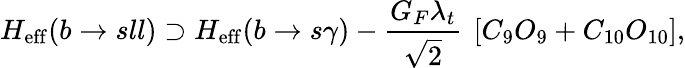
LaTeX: H_{\mathrm{eff}}(b\rightarrow sll)\supset H_{\mathrm{eff}}(b\rightarrow s\gamma)-{\frac{G_{F}\lambda_{t}}{\sqrt{2}}}~\left[C_{9}O_{9}+C_{10}O_{10}\right],